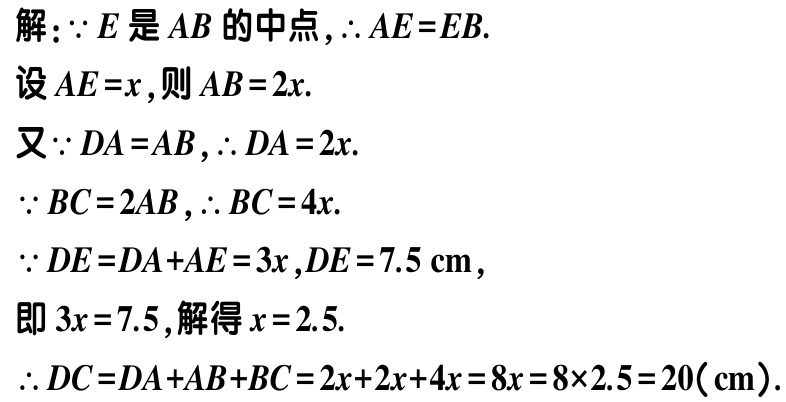
解：\(\because E\)是\(AB\)的中点，\(\therefore AE = EB\).

设\(AE = x\)，则\(AB = 2x\).

又\(\because DA = AB\)，\(\therefore DA = 2x\).

\(\because BC = 2AB\)，\(\therefore BC = 4x\).

\(\because DE = DA + AE = 3x\)，\(DE = 7.5\mathrm{cm}\)，

即\(3x = 7.5\)，解得\(x = 2.5\).

\(\therefore DC = DA + AB + BC = 2x + 2x + 4x = 8x = 8\times2.5 = 20(\mathrm{cm})\).